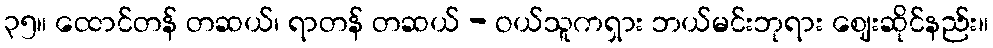
၃၅။ ထောင်တန် တဆယ်၊ ရာတန် တဆယ် - ဝယ်သူကရှား ဘယ်မင်းဘုရား ဈေးဆိုင်နည်း။